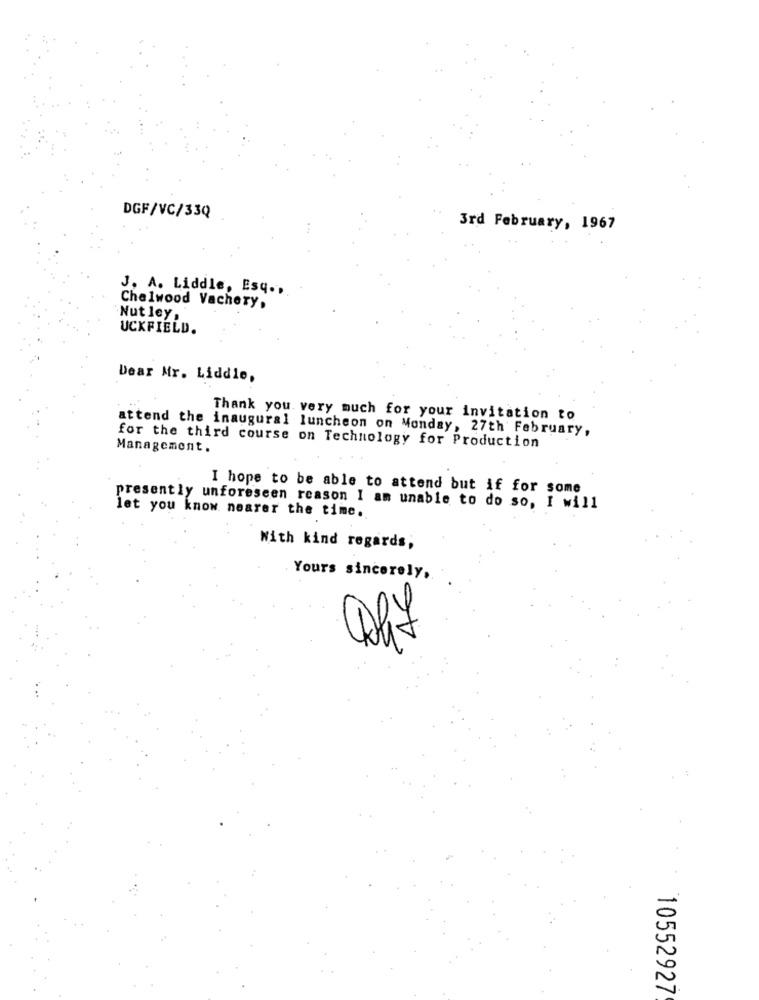
DGF/VC/33Q
3rd February, 1967
J. A. Liddle, Esq .,
Chelwood Vachery,
"Nut ley ,
UCKFIELD.
Dear Mr. Liddle,
Thank you very much for your invitation to
attend the inaugural luncheon on Monday, 27th February,
Management.
for the third course on Technology for Production
I hope to be able to attend but if for some
presently unforeseen reason I am unable to do so, I will
let you know nearer the time.
With kind regards;
Yours sincerely,
10552927